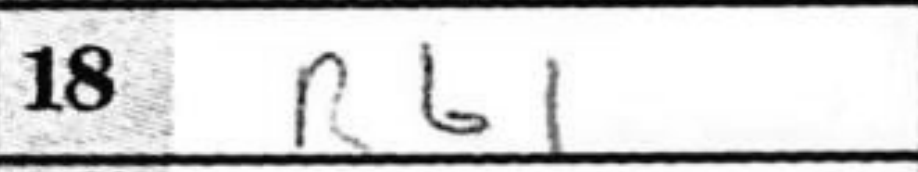
Transcription: Rb1